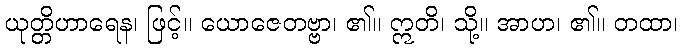
ယုတ္တိဟာရေန၊ ဖြင့်။ ယောဇေတဗ္ဗာ၊ ၏။ ဣတိ၊ သို့။ အာဟ၊ ၏။ တထာ၊